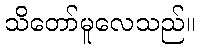
သိတော်မူလေသည်။